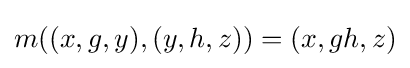
m((x,g,y),(y,h,z))=(x,gh,z)